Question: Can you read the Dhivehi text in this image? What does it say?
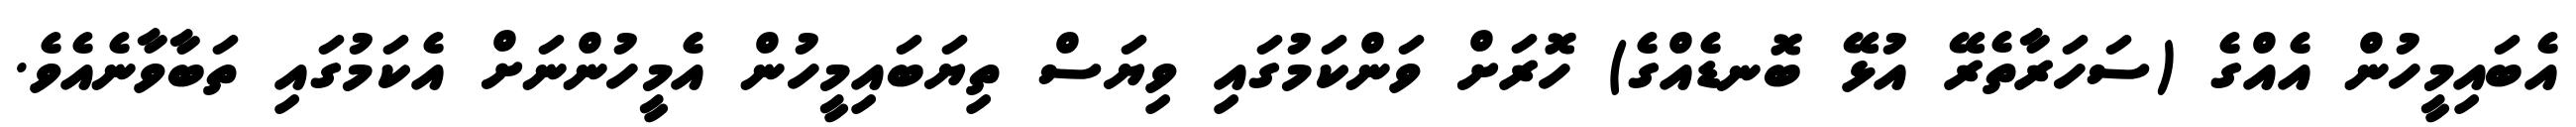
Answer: އެބައިމީހުން އެއްގެ (ސަހަރާތެރޭ އުޅޭ ބޮނޑެއްގެ) ހޮރަށް ވަންކަމުގައި ވިޔަސް ތިޔަބައިމީހުން އެމީހުންނަށް އެކަމުގައި ތަބާވާނެއެވެ.